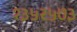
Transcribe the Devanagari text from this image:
१३५२५७३